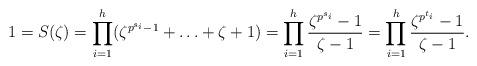
LaTeX: \begin{align*}1 = S(\zeta) = \prod_{i=1}^h (\zeta^{p^{s_i}-1} + \ldots + \zeta + 1) = \prod_{i=1}^h\frac{\zeta^{p^{s_i}}-1}{\zeta - 1} = \prod_{i=1}^h\frac{\zeta^{p^{t_i}}-1}{\zeta - 1}.\end{align*}